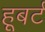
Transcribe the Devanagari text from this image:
हूबर्ट